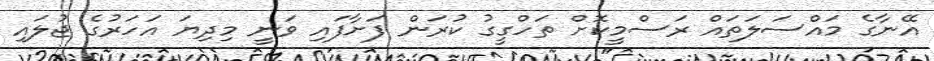
އޭނާގެ މައްސަލަތައް ރަސްމީކޮށް ތަހްގީގު ކުރަން ފަށާފައި ވަނީ މިދިޔަ އަހަރުގެ ޖުލައި